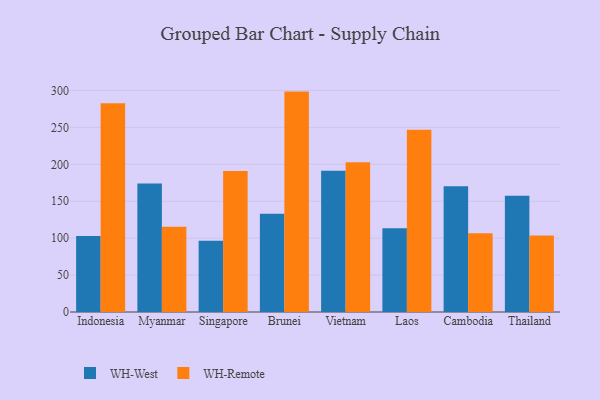
{"axis": {"x": "Country", "y": "Tickets Resolved"}, "legend": ["WH-Remote", "WH-West"], "data": [{"x": "Indonesia", "y": 103.0, "type": "WH-West"}, {"x": "Indonesia", "y": 282.8, "type": "WH-Remote"}, {"x": "Myanmar", "y": 173.9, "type": "WH-West"}, {"x": "Myanmar", "y": 115.6, "type": "WH-Remote"}, {"x": "Singapore", "y": 96.4, "type": "WH-West"}, {"x": "Singapore", "y": 191.0, "type": "WH-Remote"}, {"x": "Brunei", "y": 133.1, "type": "WH-West"}, {"x": "Brunei", "y": 298.5, "type": "WH-Remote"}, {"x": "Vietnam", "y": 191.4, "type": "WH-West"}, {"x": "Vietnam", "y": 202.9, "type": "WH-Remote"}, {"x": "Laos", "y": 113.4, "type": "WH-West"}, {"x": "Laos", "y": 247.0, "type": "WH-Remote"}, {"x": "Cambodia", "y": 170.3, "type": "WH-West"}, {"x": "Cambodia", "y": 106.7, "type": "WH-Remote"}, {"x": "Thailand", "y": 157.6, "type": "WH-West"}, {"x": "Thailand", "y": 103.7, "type": "WH-Remote"}]}